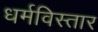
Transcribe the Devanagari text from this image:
धर्मविस्तार